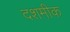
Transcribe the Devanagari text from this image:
दशमीक